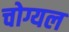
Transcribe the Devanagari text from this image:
चोग्यल